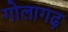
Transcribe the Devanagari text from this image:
गोलागढ़